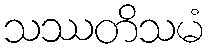
သဿတိသမံ